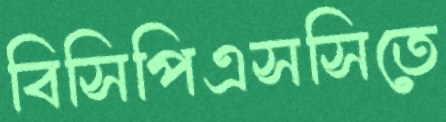
বিসিপিএসসিতে